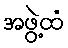
အဖွဲ့ထံ